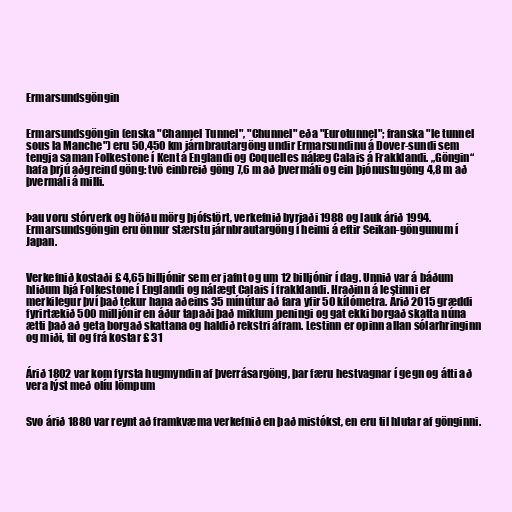
Ermarsundsgöngin

Ermarsundsgöngin (enska "Channel Tunnel", "Chunnel" eða "Eurotunnel"; franska "le tunnel
sous la Manche") eru 50,450 km járnbrautargöng undir Ermarsundinu á Dover-sundi sem
tengja saman Folkestone í Kent á Englandi og Coquelles nálæg Calais á Frakklandi. „Göngin“
hafa þrjú aðgreind göng: tvö einbreið göng 7,6 m að þvermáli og ein þjónustugöng 4,8 m að
þvermáli á milli.

Þau voru stórverk og höfðu mörg þjófstört, verkefnið byrjaði 1988 og lauk árið 1994.
Ermarsundsgöngin eru önnur stærstu járnbrautargöng í heimi á eftir Seikan-göngunum í
Japan.

Verkefnið kostaði £ 4,65 billjónir sem er jafnt og um 12 billjónir í dag. Unnið var á báðum
hliðum hjá Folkestone í Englandi og nálægt Calais í frakklandi. Hraðinn á lestinni er
merkilegur því það tekur hana aðeins 35 mínútur að fara yfir 50 kílómetra. Árið 2015 græddi
fyrirtækið 500 milljónir en áður tapaði það miklum peningi og gat ekki borgað skatta núna
ætti það að geta borgað skattana og haldið rekstri áfram. Lestinn er opinn allan sólarhringinn
og miði, til og frá kostar £ 31

Árið 1802 var kom fyrsta hugmyndin af þverrásargöng, þar færu hestvagnar í gegn og átti að
vera lýst með olíu lömpum

Svo árið 1880 var reynt að framkvæma verkefnið en það mistókst, en eru til hlutar af gönginni.